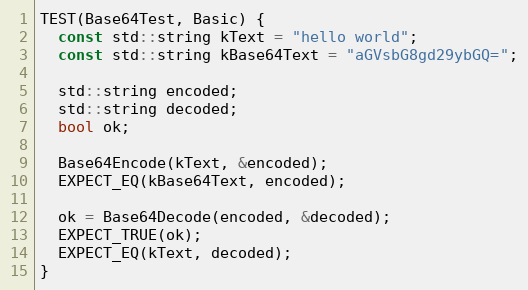
Language: C++
TEST(Base64Test, Basic) {
  const std::string kText = "hello world";
  const std::string kBase64Text = "aGVsbG8gd29ybGQ=";

  std::string encoded;
  std::string decoded;
  bool ok;

  Base64Encode(kText, &encoded);
  EXPECT_EQ(kBase64Text, encoded);

  ok = Base64Decode(encoded, &decoded);
  EXPECT_TRUE(ok);
  EXPECT_EQ(kText, decoded);
}